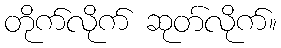
တိုက်လိုက် ဆုတ်လိုက်။